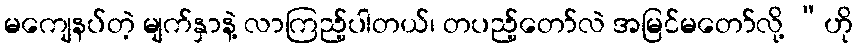
မကျေနပ်တဲ့ မျက်နှာနဲ့ လာကြည့်ပါတယ်၊ တပည့်တော်လဲ အမြင်မတော်လို့ “ဟို